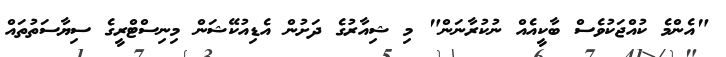
"އެންމެ ކުއްޖަކުވެސް ބާކީއެއް ނުކުރާނަން" މި ޝިއާރުގެ ދަށުން އެޑިއުކޭޝަން މިނިސްޓްރީގެ ސިޔާސަތުތައް